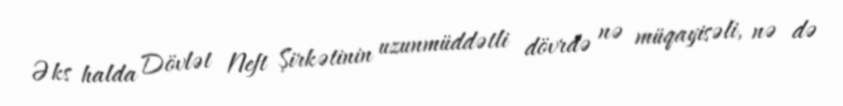
Əks halda Dövlət Neft Şirkətinin uzunmüddətli dövrdə nə müqayisəli, nə də